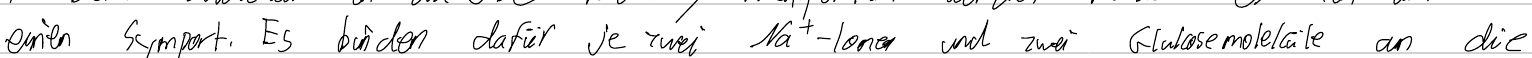
einen Symport. Es binden dafür je zwei Na+-Ionen und zwei Glukosemoleküle an die